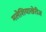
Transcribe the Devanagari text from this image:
मलेशियाखेरीज